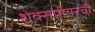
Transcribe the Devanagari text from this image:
शेक्सपीयरची